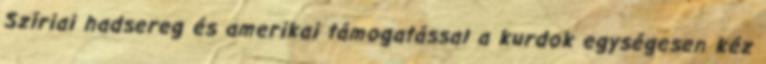
Szíriai hadsereg és amerikai támogatással a kurdok egységesen kéz